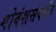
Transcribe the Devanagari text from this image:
गोवंशसंवर्धन